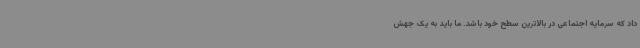
داد که سرمایه اجتماعی در بالاترین سطح خود باشد. ما باید به یک جهش